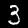
Label: 3